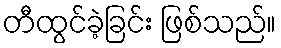
တီထွင်ခဲ့ခြင်း ဖြစ်သည်။